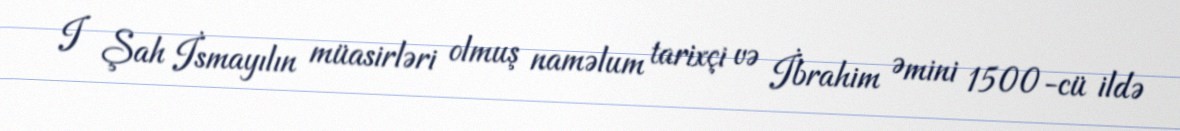
I Şah İsmayılın müasirləri olmuş naməlum tarixçi və İbrahim Əmini 1500-cü ildə